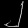
Digit: ၂